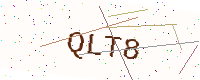
Text: QLT8